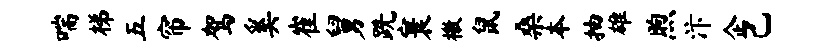
喘梯五帘驾奚崔舅跣寰檄鼠桑本抽雄煦汴企己